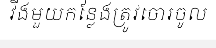
វីងមួយកន្លែងត្រូវចោរចូល